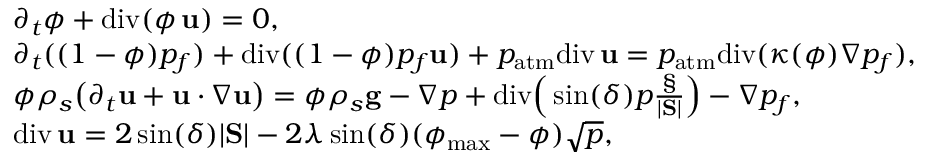
\begin{array} { r l } & { \partial _ { t } \phi + \mathrm { d i v } ( \phi \, { \bf u } ) = 0 , } \\ & { \partial _ { t } ( ( 1 - \phi ) p _ { f } ) + \mathrm { d i v } ( ( 1 - \phi ) p _ { f } { \bf u } ) + p _ { \mathrm { a t m } } \mathrm { d i v } \, { \bf u } = p _ { \mathrm { a t m } } \mathrm { d i v } ( \kappa ( \phi ) \nabla p _ { f } ) , } \\ & { \phi \rho _ { s } \big ( \partial _ { t } { \bf u } + { \bf u } \boldsymbol { \cdot } \nabla { \bf u } \big ) = \phi \rho _ { s } { \bf g } - \nabla p + \mathrm { d i v } \Big ( \sin ( \delta ) p \frac { \S } { | \mathrm { \bf S } | } \Big ) - \nabla p _ { f } , } \\ & { \mathrm { d i v } \, { \bf u } = 2 \sin ( \delta ) | \mathrm { \bf S } | - 2 \lambda \sin ( \delta ) ( \phi _ { \mathrm { m a x } } - \phi ) \sqrt { p } , } \end{array}